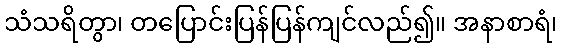
သံသရိတွာ၊ တပြောင်းပြန်ပြန်ကျင်လည်၍။ အနာစာရံ၊